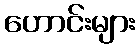
ဟောင်းများ